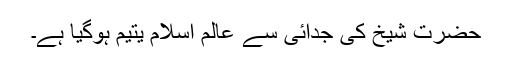
حضرت شیخ کی جدائی سے عالم اسلام یتیم ہوگیا ہے۔